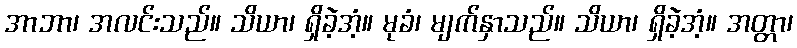
အာဘာ၊ အလင်းသည်။ သိယာ၊ ရှိခဲ့အံ့။ မုခံ၊ မျက်နှာသည်။ သိယာ၊ ရှိခဲ့အံ့။ အတ္တာ၊